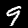
Digit: 9